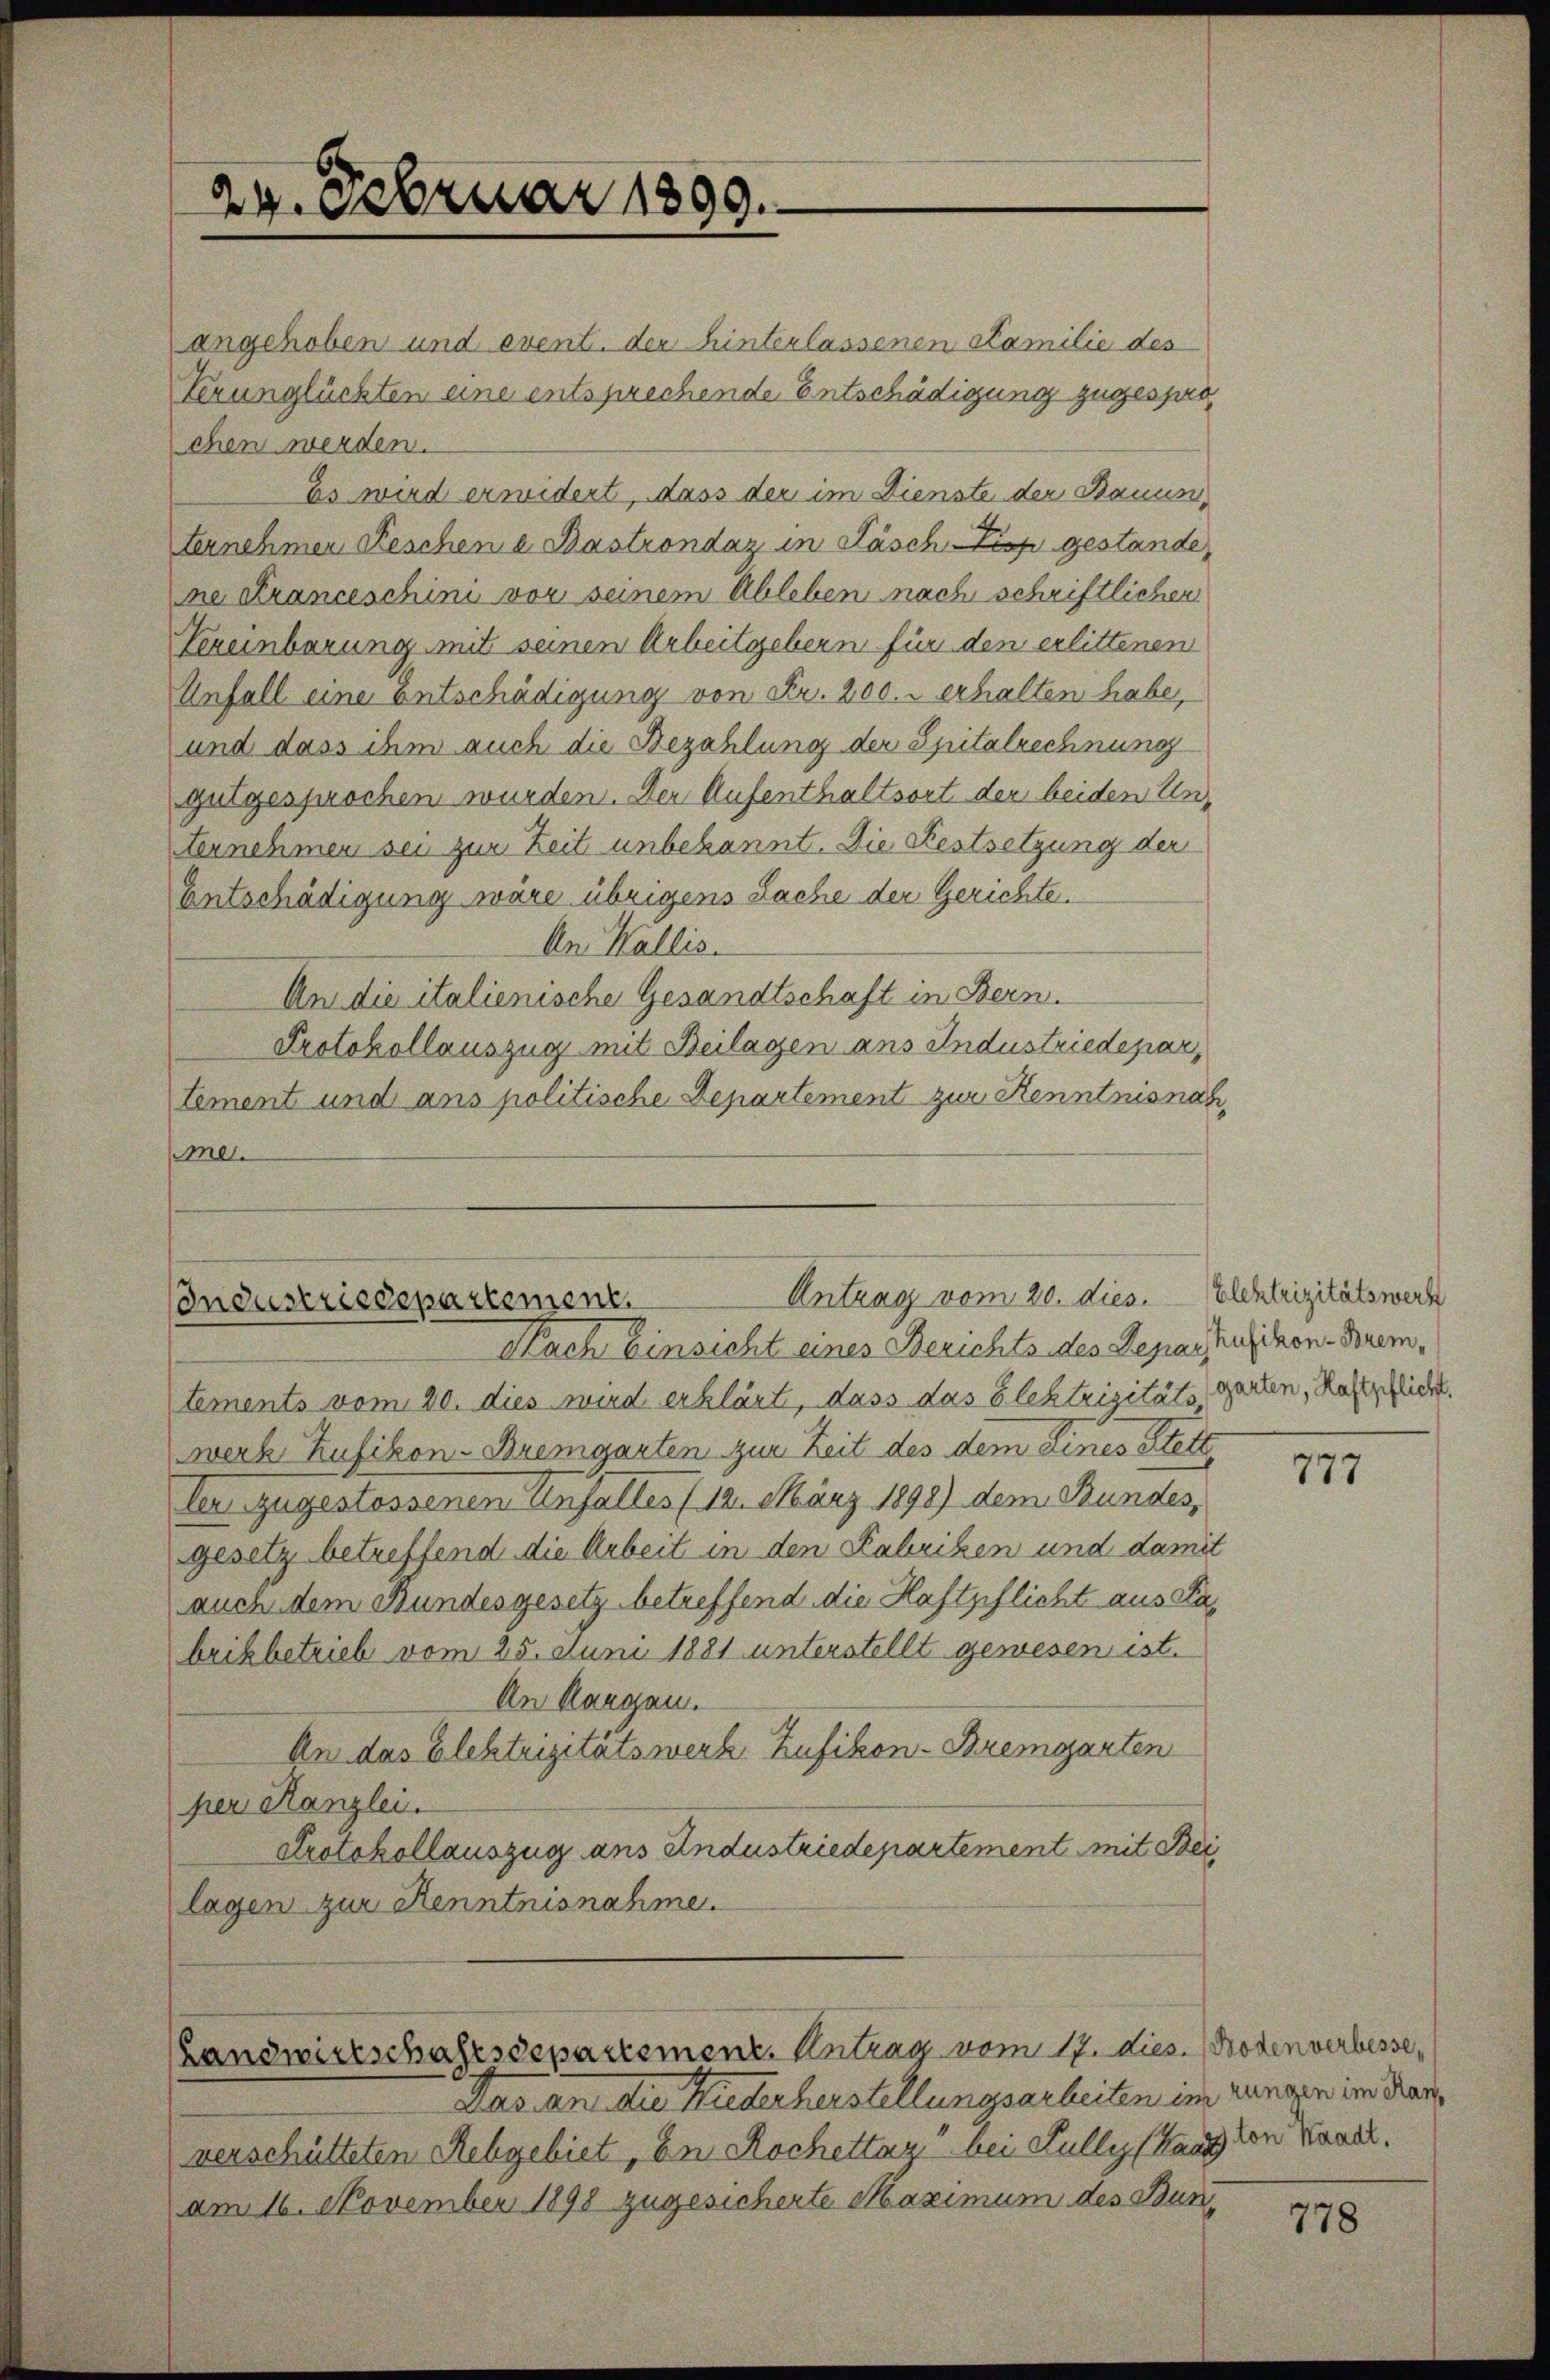
24. Februar 1899.

angehoben und event. der hinterlassenen Familie des
Verunglückten eine entsprechende Entschädigung zugesprochen werden.
Es wird erwidert, dass der im Dienste der Bauun
ternehmen Feschen a. Bastrondaz in Fäsch-Tisp gestande,
ectranceschini vor seinem Ableben nach schriftlicher
Vereinbarung mit seinen Arbeitgebern für den erlittenen
Unfall eine Entschädigung von Fr. 200.- erhalten habe,
und dass ihm auch die Bezahlung der Spitalrechnung
gutgesprochen wurden. Der Aufenthaltsort der beiden Un¬
Fernehmen sei zur Zeit unbekannt. Die Festsetzung der
Entschädigung wäre übrigens Sache der Gerichte
An Wallis.
An die italienische Gesandtschaft in Bern.
Protokollauszug mit Beilagen ans Industriedepartement und ans politische Departement zur Kenntnisnah
me.

Antrag vom 20. dies. Elektrizitätswerk
Condustriedepartement.
Nach Einsicht eines Berichts des Lepactusikon-Brem¬

tements vom 20. dies wird erklärt, dass das Elektrizitätsgarten, Haftpflicht.
werk Kufikon-Bremgarten zur Zeit des dem Eines Stett
ler zugestossenen Unfalles (12. März 1898) dem Bundes,
gesetz betreffend die Arbeit in den Kabriken und damit
auch dem Bundesgesetz betreffend die Haftpflicht aus Fabrikbetrieb vom 25. Juni 1881 unterstellt gewesen ist.
An Rangen.
An das Elektrizitätswerk, Zufikon-Bremgarten
per Kanzlei.
Protokollauszug aus Andustriedepartement mit Bei
lagen zur Kenntnisnahme.

(Landwirtschaftsdepartement. Antrag vom 17. dies. (Bodenverbesse,
Das an die Riederherstellungsarbeiten im jungen im Fran¬

verschütteten Rebgebiet, an Rochettag bei Fully (Hans von Wandl
am 16. November 1898 zugesicherte Maximum des Bun¬

777

778